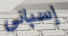
إسباني